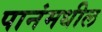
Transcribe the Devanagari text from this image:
पानंमधील